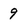
Character: 9